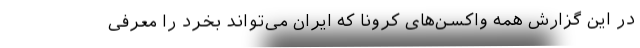
در این گزارش همه واکسن‌های کرونا که ایران می‌تواند بخرد را معرفی